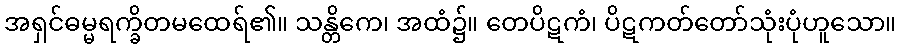
အရှင်ဓမ္မရက္ခိတမထေရ်၏။ သန္တိကေ၊ အထံ၌။ တေပိဋကံ၊ ပိဋကတ်တော်သုံးပုံဟူသော။